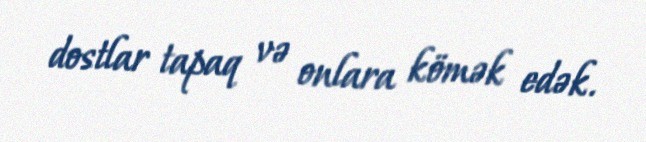
dostlar tapaq və onlara kömək edək.